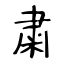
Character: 粛